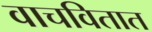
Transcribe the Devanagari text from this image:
वाचवितात